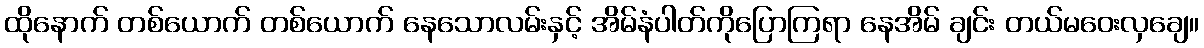
ထိုနောက် တစ်ယောက် တစ်ယောက် နေသောလမ်းနှင့် အိမ်နံပါတ်ကိုပြောကြရာ နေအိမ် ချင်း တယ်မဝေးလှချေ။